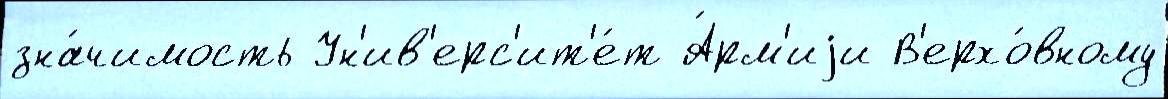
зна́чимость Ун'ив'ерс'ит'е́т А́рм'иjи В'ерхо́вному